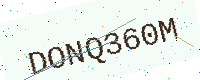
Text: DONQ360M